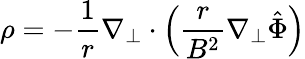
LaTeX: \rho=-\frac{1}{r}\nabla_{\perp}\cdot\left(\frac{r}{B^{2}}\nabla_{\perp}\hat{\Phi}\right)